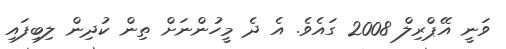
ވަނީ އޭޕްރިލް 2008 ގައެވެ. އެ ދެ މީހުންނަށް ތިން ކުދިން ލިބިފައި